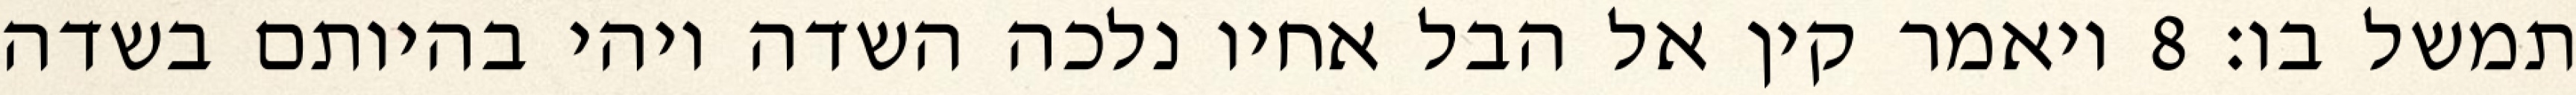
תמשל בו׃ ‎8‏ ויאמר קין אל הבל אחיו נלכה השדה ויהי בהיותם בשדה